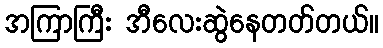
အကြာကြီး အီလေးဆွဲနေတတ်တယ်။